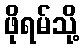
ဖိုရမ်သို့